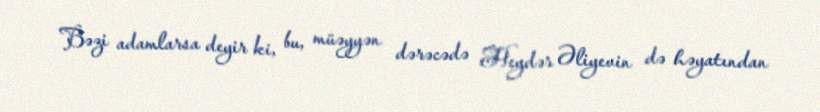
Bəzi adamlarsa deyir ki, bu, müəyyən dərəcədə Heydər Əliyevin də həyatından